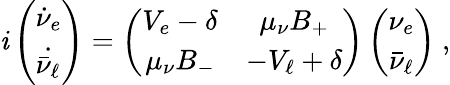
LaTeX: \mathit{i}\left(\begin{array}{l}{{\dot{\nu}_{e}}}\\ {{\dot{\bar{\nu}_{\ell}}}}\end{array}\right)=\left(\begin{array}{cc}{{V_{e}-\delta}}&{{\mu_{\nu}B_{+}}}\\ {{\mu_{\nu}B_{-}}}&{{-V_{\ell}+\delta}}\end{array}\right)\left(\begin{array}{c}{{\nu_{e}}}\\ {{\bar{\nu}_{\ell}}}\end{array}\right)~,